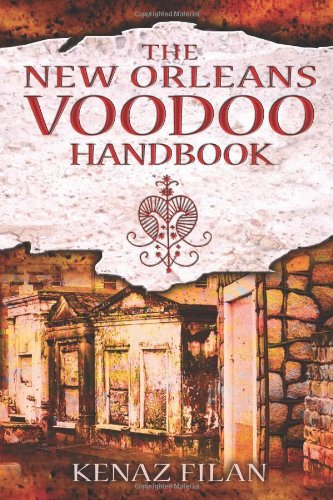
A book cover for The New Orleans Voodoo Handbook; Kenaz Filan; Religion & Spirituality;